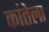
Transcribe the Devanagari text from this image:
कांतेला